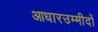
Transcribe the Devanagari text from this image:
आधारउम्मीदों